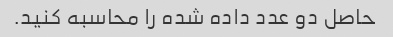
حاصل دو عدد داده شده را محاسبه کنید.